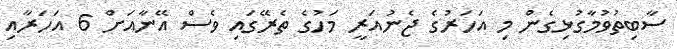
ސާބިތުވުމާގުޅިގެން މި އަހަރުގެ ޖެނުއަރީ މަހުގެ ތެރޭގައި ވެސް އޭނާއަށް 6 އަހަރާއި